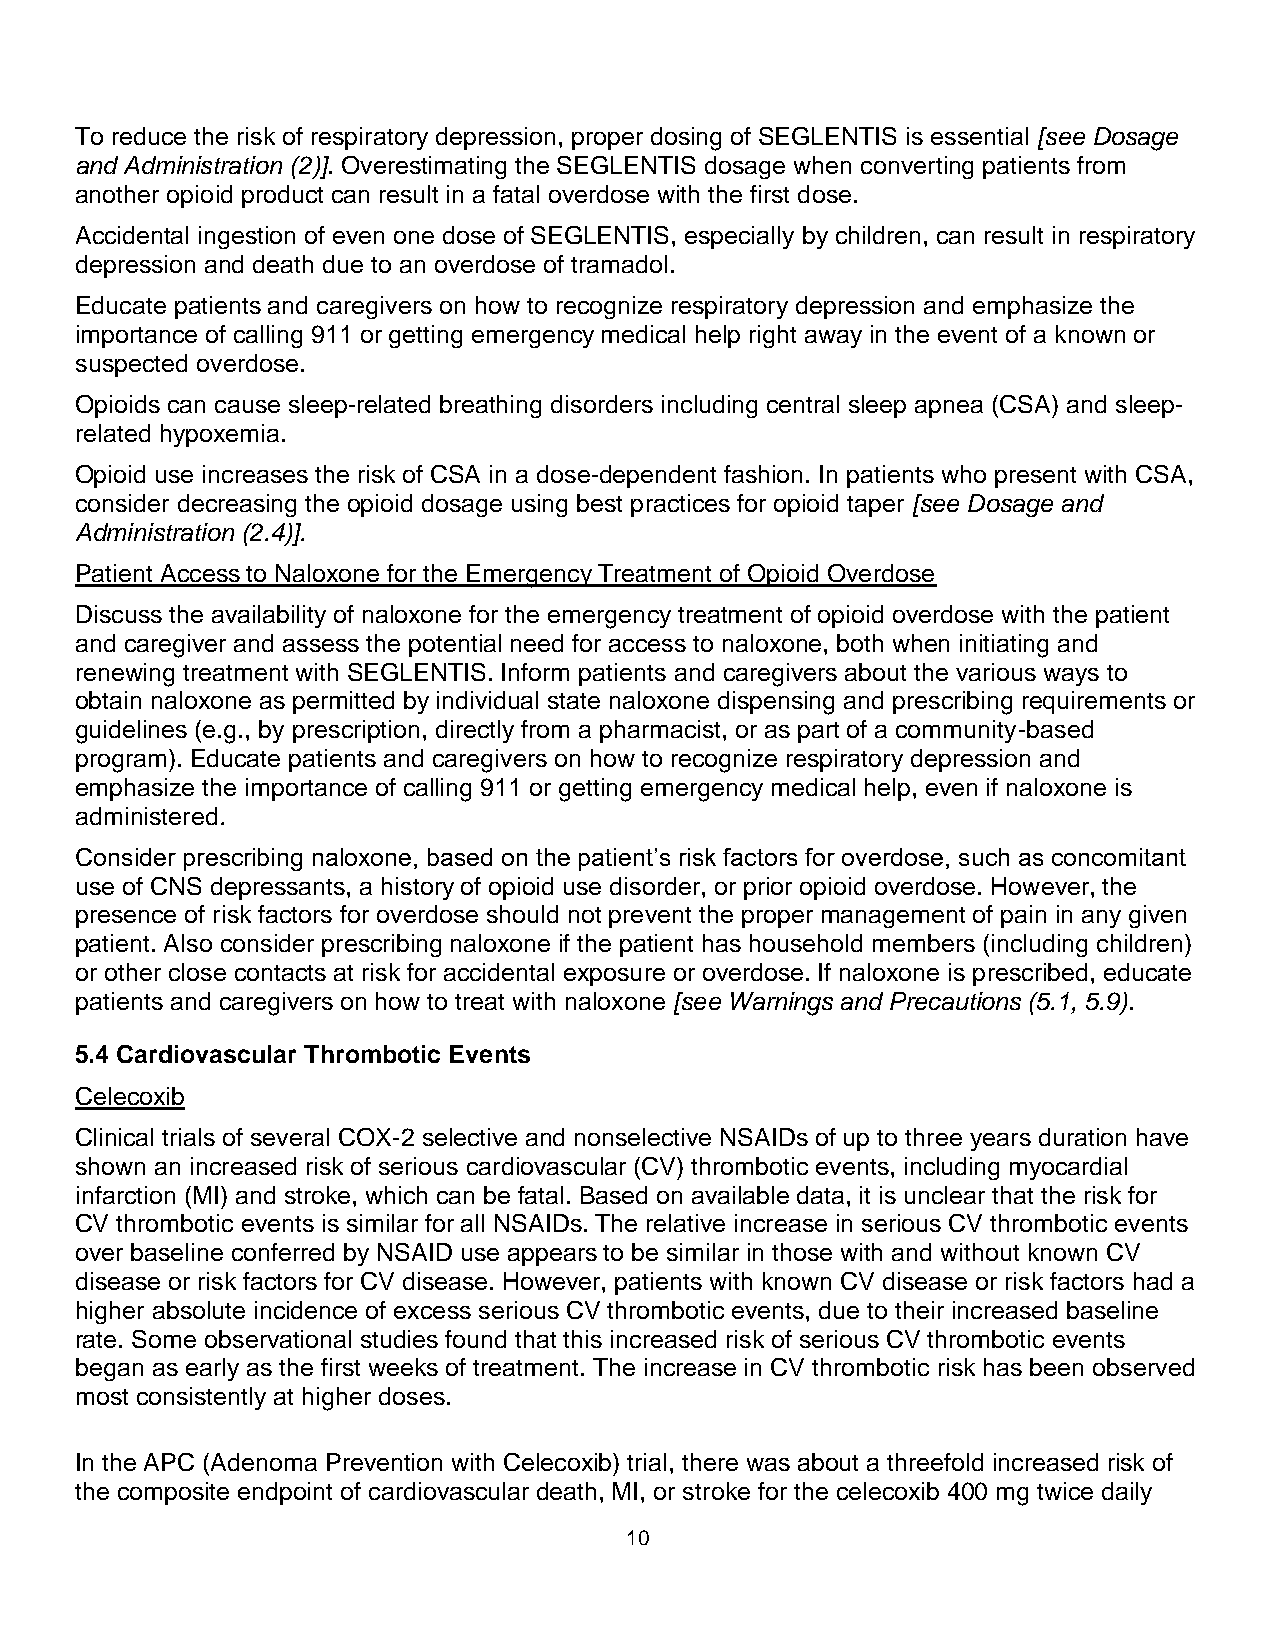
To reduce the risk of respiratory depression, proper dosing of SEGLENTIS is essential [see Dosage
 and Administration (2)]. Overestimating the SEGLENTIS dosage when converting patients from
 another opioid product can result in a fatal overdose with the first dose.
 Accidental ingestion of even one dose of SEGLENTIS, especially by children, can result in respiratory
 depression and death due to an overdose of tramadol.
 Educate patients and caregivers on how to recognize respiratory depression and emphasize the
 importance of calling 911 or getting emergency medical help right away in the event of a known or
 suspected overdose.
 Opioids can cause sleep-related breathing disorders including central sleep apnea (CSA) and sleep-
 related hypoxemia.
 Opioid use increases the risk of CSA in a dose-dependent fashion. In patients who present with CSA,
 consider decreasing the opioid dosage using best practices for opioid taper [see Dosage and
 Administration (2.4)].
 Patient Access to Naloxone for the Emergency Treatment of Opioid Overdose
 Discuss the availability of naloxone for the emergency treatment of opioid overdose with the patient
 and caregiver and assess the potential need for access to naloxone, both when initiating and
 renewing treatment with SEGLENTIS. Inform patients and caregivers about the various ways to
 obtain naloxone as permitted by individual state naloxone dispensing and prescribing requirements or
 guidelines (e.g., by prescription, directly from a pharmacist, or as part of a community-based
 program). Educate patients and caregivers on how to recognize respiratory depression and
 emphasize the importance of calling 911 or getting emergency medical help, even if naloxone is
 administered.
 Consider prescribing naloxone, based on the patient’s risk factors for overdose, such as concomitant
 use of CNS depressants, a history of opioid use disorder, or prior opioid overdose. However, the
 presence of risk factors for overdose should not prevent the proper management of pain in any given
 patient. Also consider prescribing naloxone if the patient has household members (including children)
 or other close contacts at risk for accidental exposure or overdose. If naloxone is prescribed, educate
 patients and caregivers on how to treat with naloxone [see Warnings and Precautions (5.1, 5.9).
 5.4 Cardiovascular Thrombotic Events
 Celecoxib
 Clinical trials of several COX-2 selective and nonselective NSAIDs of up to three years duration have
 shown an increased risk of serious cardiovascular (CV) thrombotic events, including myocardial
 infarction (MI) and stroke, which can be fatal. Based on available data, it is unclear that the risk for
 CV thrombotic events is similar for all NSAIDs. The relative increase in serious CV thrombotic events
 over baseline conferred by NSAID use appears to be similar in those with and without known CV
 disease or risk factors for CV disease. However, patients with known CV disease or risk factors had a
 higher absolute incidence of excess serious CV thrombotic events, due to their increased baseline
 rate. Some observational studies found that this increased risk of serious CV thrombotic events
 began as early as the first weeks of treatment. The increase in CV thrombotic risk has been observed
 most consistently at higher doses.
 In the APC (Adenoma Prevention with Celecoxib) trial, there was about a threefold increased risk of
 the composite endpoint of cardiovascular death, MI, or stroke for the celecoxib 400 mg twice daily
 10